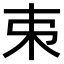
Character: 𠀟